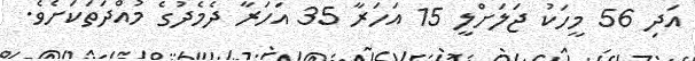
އަދި 56 މީހަކު ޖަލަށްލީ 15 އަހަރާ 35 އަހަރާ ދެމެދުގެ މުއްދަތަކަށެވެ.